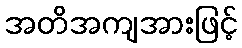
အတိအကျအားဖြင့်